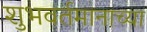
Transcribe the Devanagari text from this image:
शुभवर्तमानाच्या